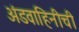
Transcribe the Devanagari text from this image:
अंडवाहिनीची